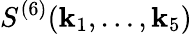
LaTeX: S^{(6)}(\mathbf{k}_{1},\ldots,\mathbf{k}_{5})